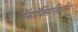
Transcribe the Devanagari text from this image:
ऍमॉक्सिसिलीन